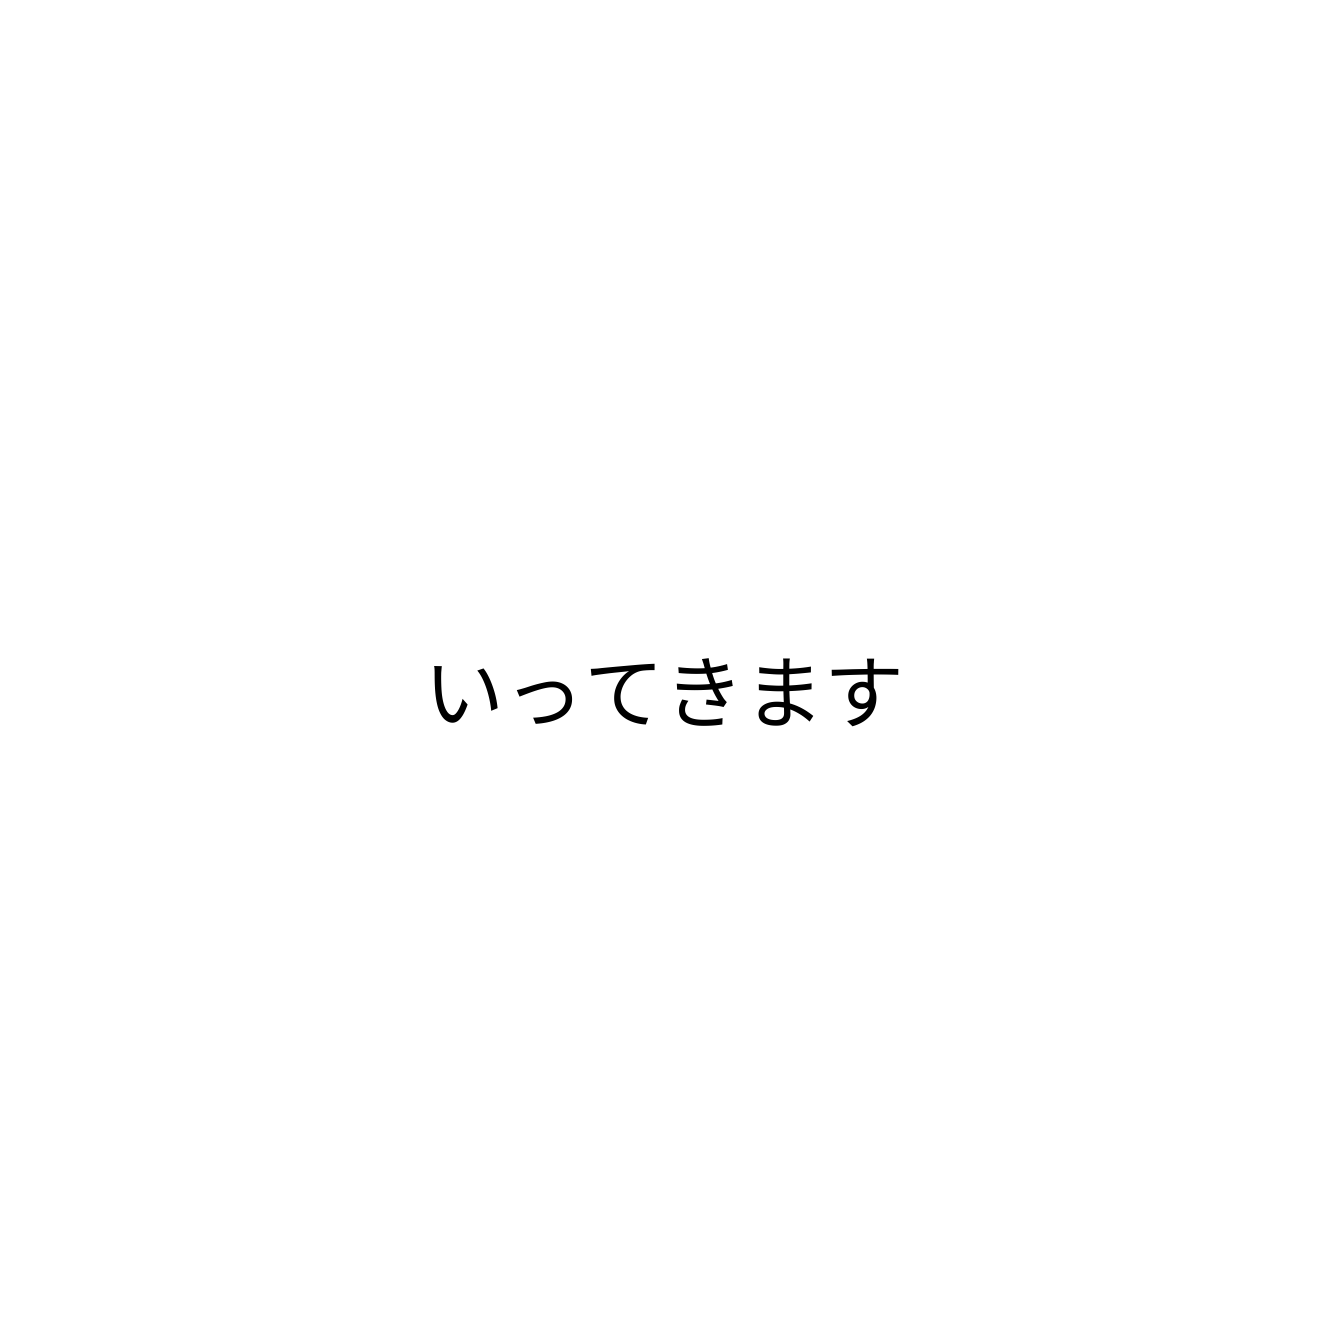
いってきます